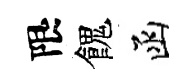
限餽函